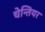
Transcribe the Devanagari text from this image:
चेन्तियर